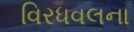
વિરધવલના